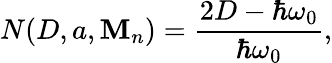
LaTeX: N(D,a,\mathbf{M}_{n})=\frac{{2D-\hbar\omega_{0}}}{{\hbar\omega_{0}}},